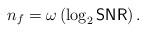
LaTeX: \begin{align*} n_f =\omega\left( \log_2 \mathsf{SNR} \right).\end{align*}